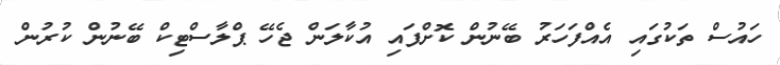
ހައުސް ތަކުގައި އެއްފަހަރު ބޭނުން ކޮށްފައި އުކާލަން ޖެހޭ ޕްލާސްޓިކް ބޭނުން ކުރުން